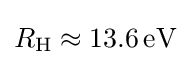
R_{\text{H}}\approx \mathrm {13.6\,eV}